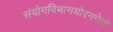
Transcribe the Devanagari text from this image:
संयोगविभागयोरनपेक्षो